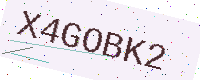
Text: X4GOBK2